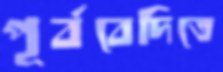
পূর্ববেদিতে